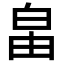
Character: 𤽙